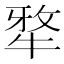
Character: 𭷥